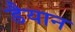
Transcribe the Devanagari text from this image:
डैयान